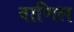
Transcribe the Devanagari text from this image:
वाणिल